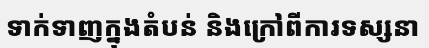
ទាក់ទាញក្នុងតំបន់ និងក្រៅពីការទស្សនា